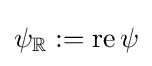
\psi _{\mathbb {R} }:=\operatorname {re} \psi